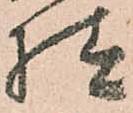
様